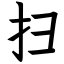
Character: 扫